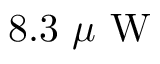
8 . 3 ~ \mu \mathrm { ~ W ~ }